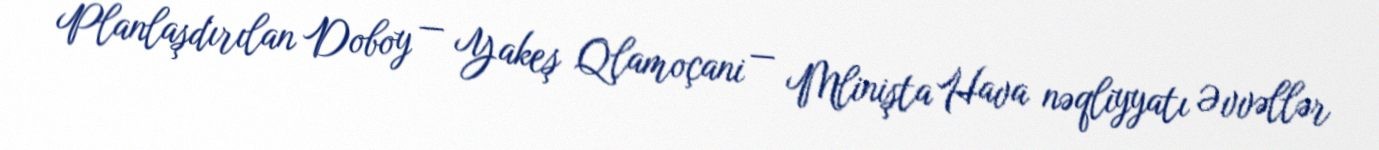
Planlaşdırılan Doboy — Yakeş Qlamoçani — Mlinişta Hava nəqliyyatı Əvvəllər